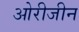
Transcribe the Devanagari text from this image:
ओरीजीन